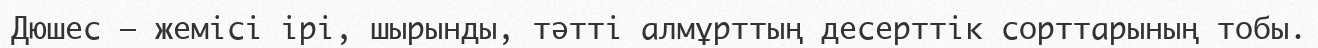
Дюшес — жемісі ірі, шырынды, тәтті алмұрттың десерттік сорттарының тобы.